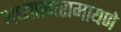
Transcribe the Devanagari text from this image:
अध्यात्मरामायणे